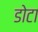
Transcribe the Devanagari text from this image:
डोटा